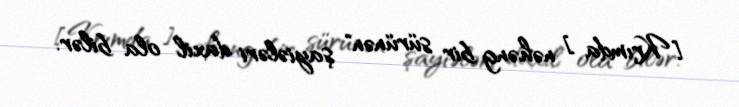
[Krımda ] nəhəng bir sürünən" şayiələri daxil ola bilər.